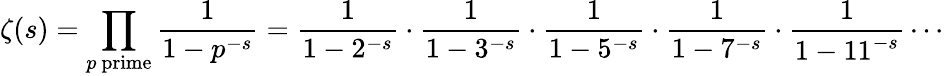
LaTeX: \zeta(s)=\prod_{p{\mathrm{~prime}}}{\frac{1}{1-p^{-s}}}={\frac{1}{1-2^{-s}}}\cdot{\frac{1}{1-3^{-s}}}\cdot{\frac{1}{1-5^{-s}}}\cdot{\frac{1}{1-7^{-s}}}\cdot{\frac{1}{1-11^{-s}}}\cdots